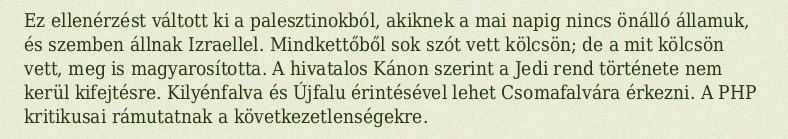
Ez ellenérzést váltott ki a palesztinokból, akiknek a mai napig nincs önálló államuk, és szemben állnak Izraellel. Mindkettőből sok szót vett kölcsön; de a mit kölcsön vett, meg is magyarosította. A hivatalos Kánon szerint a Jedi rend története nem kerül kifejtésre. Kilyénfalva és Újfalu érintésével lehet Csomafalvára érkezni. A PHP kritikusai rámutatnak a következetlenségekre.